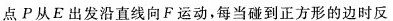
点P从E出发沿直线向F运动，每当碰到正方形的边时反